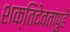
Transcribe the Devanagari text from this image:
शक्तिदेवतांपुढे